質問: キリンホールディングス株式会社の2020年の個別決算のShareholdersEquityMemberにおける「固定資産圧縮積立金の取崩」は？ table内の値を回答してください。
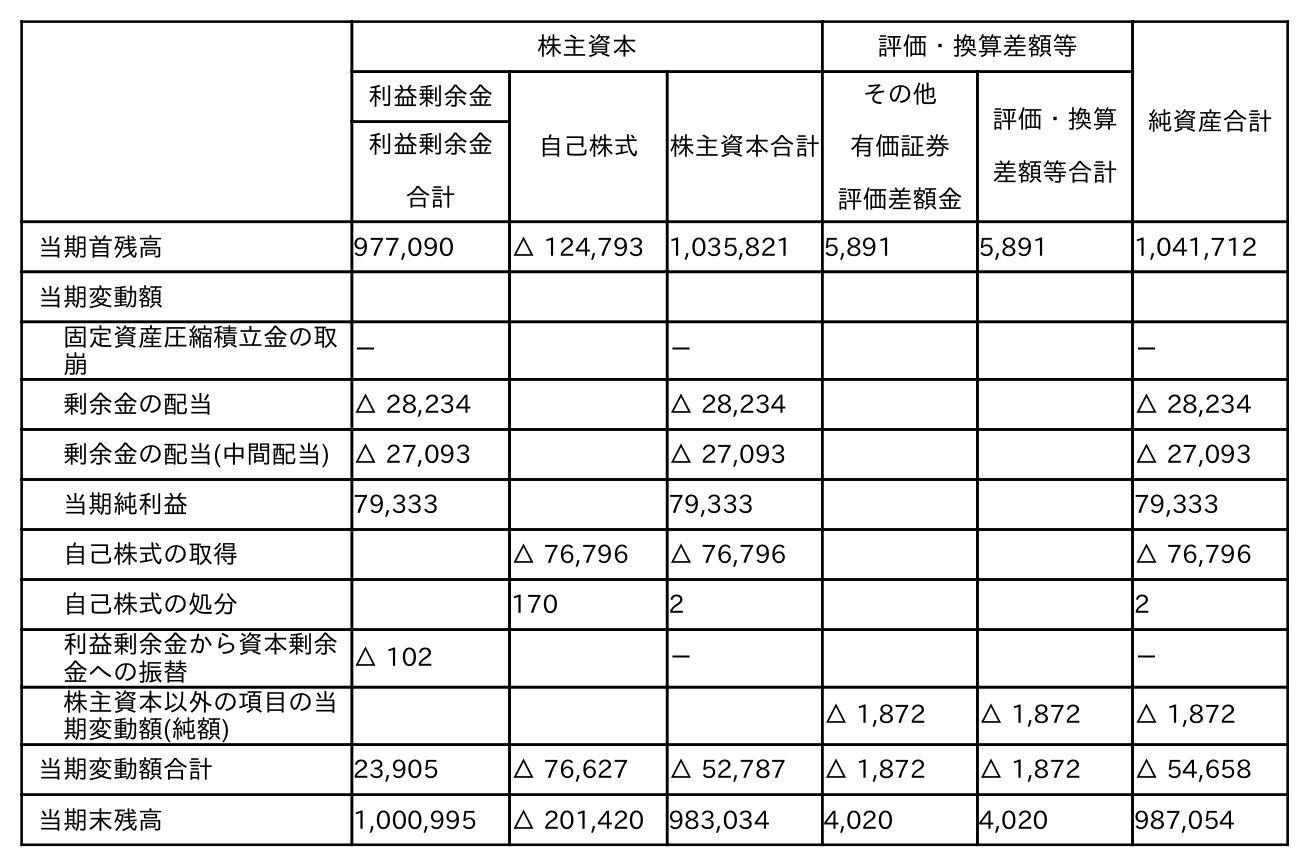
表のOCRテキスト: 株主資本 評価・換算差額等 純資産合計 利益剰余金 自己株式 株主資本合計 その他 有価証券 評価差額金 評価・換算 差額等合計 利益剰余金 合計 当期首残高 977,090 △ 124,793 1,035,821 5,891 5,891 1,041,712 当期変動額 固定資産圧縮積立金の取 崩 － － － 剰余金の配当 △ 28,234 △ 28,234 △ 28,234 剰余金の配当(中間配当) △ 27,093 △ 27,093 △ 27,093 当期純利益 79,333 79,333 79,333 自己株式の取得 △ 76,796 △ 76,796 △ 76,796 自己株式の処分 170 2 2 利益剰余金から資本剰余 金への振替 △ 102 － － 株主資本以外の項目の当 期変動額(純額) △ 1,872 △ 1,872 △ 1,872 当期変動額合計 23,905 △ 76,627 △ 52,787 △ 1,872 △ 1,872 △ 54,658 当期末残高 1,000,995 △ 201,420 983,034 4,020 4,020 987,054
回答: －